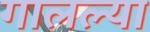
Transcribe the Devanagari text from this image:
गालल्या